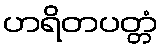
ဟရိတပတ္တံ